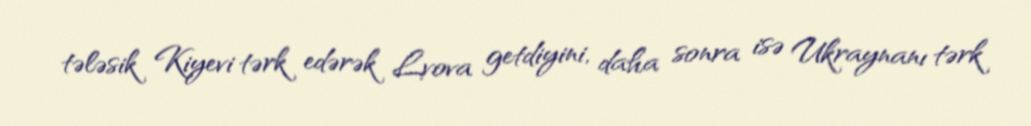
tələsik Kiyevi tərk edərək Lvova getdiyini, daha sonra isə Ukraynanı tərk